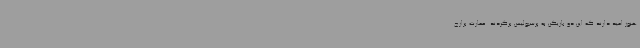
هنوز امید دارند که این دو بازیکن به پرسپولیس برگردند. عمارت برازج